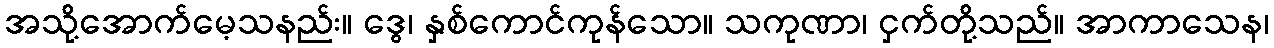
အသို့အောက်မေ့သနည်း။ ဒွေ၊ နှစ်ကောင်ကုန်သော။ သကုဏာ၊ ငှက်တို့သည်။ အာကာသေန၊